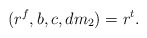
\begin{align*}(r^f,b,c,dm_2)=r^t.\end{align*}